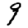
Digit: 9